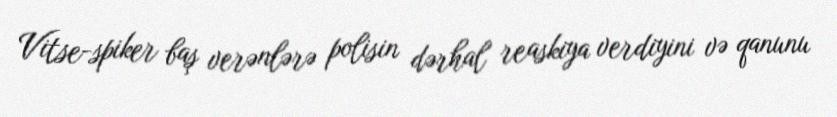
Vitse-spiker baş verənlərə polisin dərhal reaskiya verdiyini və qanunu